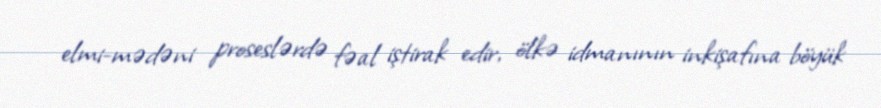
elmi-mədəni proseslərdə fəal iştirak edir, ölkə idmanının inkişafına böyük